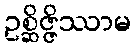
ဥစ္ဆိဇ္ဇိဿာမ